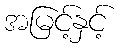
အမြင့်နှင့်